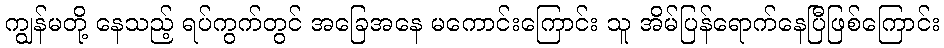
ကျွန်မတို့ နေသည့် ရပ်ကွက်တွင် အခြေအနေ မကောင်းကြောင်း သူ အိမ်ပြန်ရောက်နေပြီဖြစ်ကြောင်း